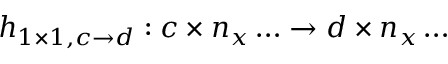
h _ { 1 \times 1 , c \rightarrow d } : c \times n _ { x } \dots \to d \times n _ { x } \dots